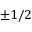
\pm 1 / 2